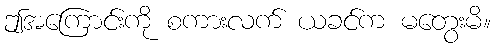
ဤအကြောင်းကို စကားလက် ယခင်က မတွေးမိ။